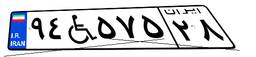
۹۴W۵۷۵۲۸